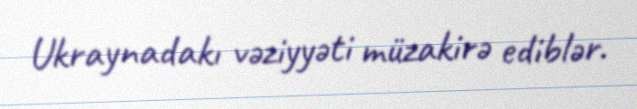
Ukraynadakı vəziyyəti müzakirə ediblər.